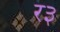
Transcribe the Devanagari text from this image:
र३